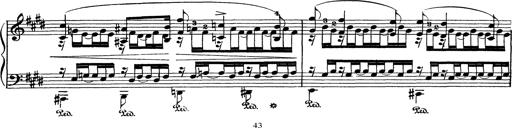
Title: AnnÃ©es de pÃ¨lerinage I
Composer: Franz Liszt